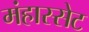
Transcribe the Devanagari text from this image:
मंहास्सेट